Report on the working of the Ranchi Indian Mental Hospital, Kanke, in Bihar and Orissa - 1930-1940
Year: 1930
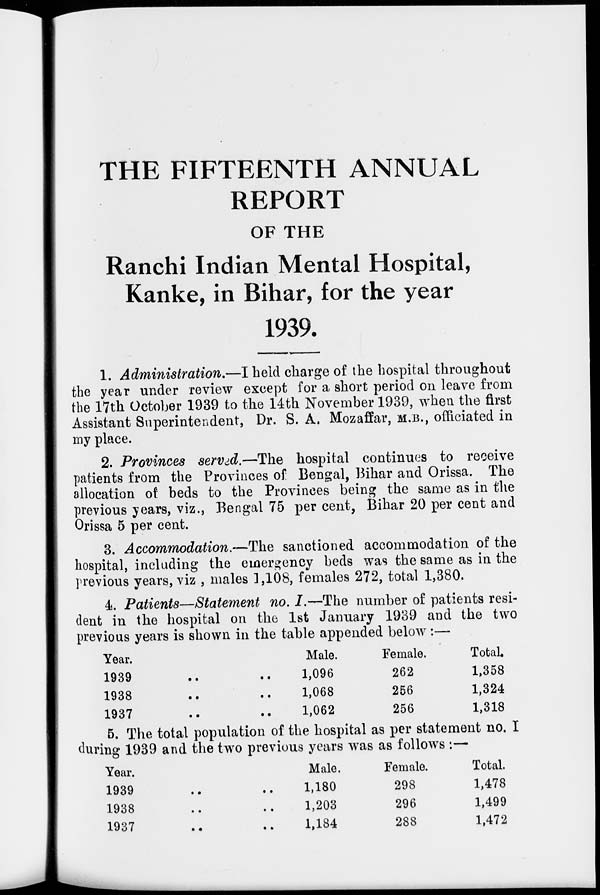
THE FIFTEENTH ANNUAL
REPORT
OF THE
Ranchi Indian Mental Hospital,
Kanke, in Bihar, for the year
1939.
1. Administration.—I held charge of the hospital throughout
the year under review except for a short period on leave from
the 17th October 1939 to the 14th November 1939, when the first
Assistant Superintendent, Dr. S. A. Mozaffar, M.B., officiated in
my place.
2. Provinces served.—The hospital continues to receive
patients from the Provinces of Bengal, Bihar and Orissa. The
allocation of beds to the Provinces being the same as in the
previous years, viz., Bengal 75 per cent, Bihar 20 per cent and
Orissa 5 per cent.
3. Accommodation.—The sanctioned accommodation of the
hospital, including the emergency beds was the same as in the
previous years, viz , males 1,108, females 272, total 1,380.
4. Patients—Statement no. I.—The number of patients resi-
dent in the hospital on the 1st January 1939 and the two
previous years is shown in the table appended below:—
Year.
1939
..
..
1938 .. ..
1937
..
..
Male.
1,096
1,068
1,062
Female.
262
256
256
Total.
1,358
1,324
1,318
5. The total population of the hospital as per statement no. I
during 1939 and the two previous years was as follows :—
Year.
1939
..
..
1938 .. ..
1937 .. ..
Male.
1,180
1,203
1,184
Female.
298
296
288
Total.
1,478
1,499
1,472